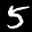
Label: 5